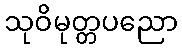
သုဝိမုတ္တပညော